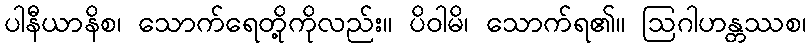
ပါနီယာနိစ၊ သောက်ရေတို့ကိုလည်း။ ပိဝါမိ၊ သောက်ရ၏။ ဩဂါဟန္တဿစ၊